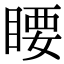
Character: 䁏